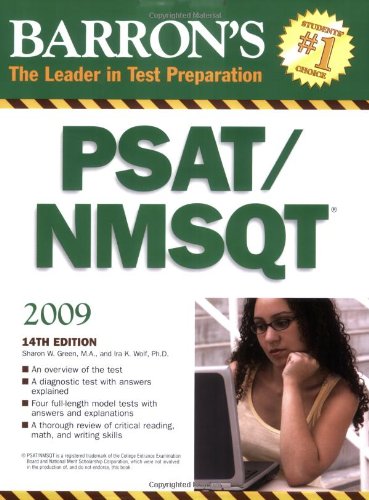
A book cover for Barron's PSAT/NMSQT; Sharon Weiner Green M.A.; Test Preparation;